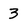
Character: 3